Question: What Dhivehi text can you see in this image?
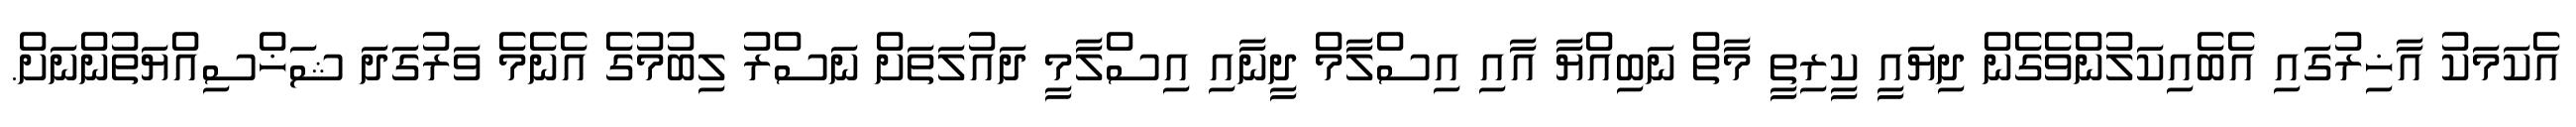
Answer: އެކަމަކު އާޚިރުގައި އެބެއިކަލުންވެގެން ދިޔައީ ކީރިތީ މާތް ނަބިއްޔާ އާއި އިސްލާމް ދީނާއި އިސްލާމީ ދައުލަތަށް ނަސްރު ލިބުމުގެ އެނެމެ ވަރުގަދަ ޝަޚްސިއްޔަތުންނަށް.